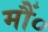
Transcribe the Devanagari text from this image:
मौं०